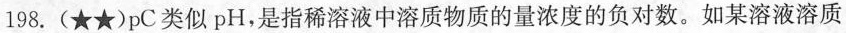
198.(★★)pC类似pH，是指稀溶液中溶质物质的量浓度的负对数。如某溶液溶质